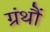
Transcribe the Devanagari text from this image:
ग्रंथौं